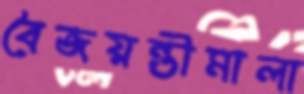
বৈজয়ন্তীমালা